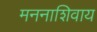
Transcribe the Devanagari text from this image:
मननाशिवाय